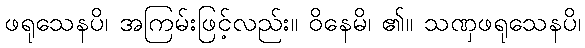
ဖရုသေနပိ၊ အကြမ်းဖြင့်လည်း။ ဝိနေမိ၊ ၏။ သဏှဖရုသေနပိ၊